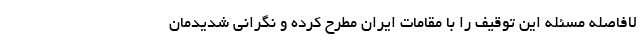
لافاصله مسئله این توقیف را با مقامات ایران مطرح کرده و نگرانی شدیدمان